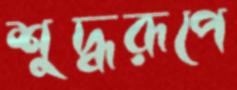
শুদ্ধরূপে